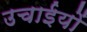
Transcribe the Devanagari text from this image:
उचाईयों